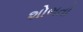
શોભતો